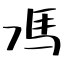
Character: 馮